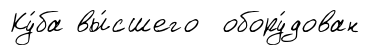
Ку́ба вы́сшего обору́дован